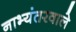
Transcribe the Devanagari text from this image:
नाभ्यंतरवाले